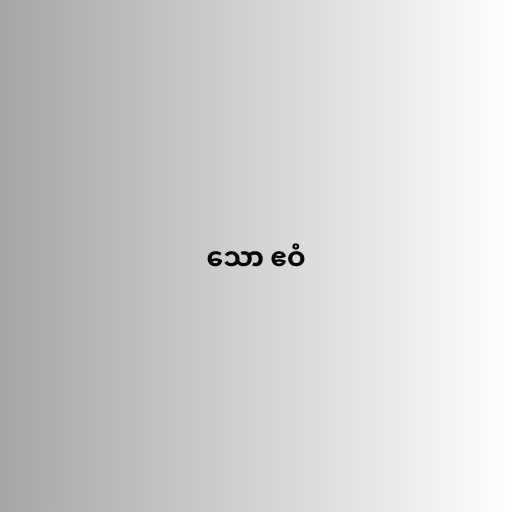
သော ဧဝံ